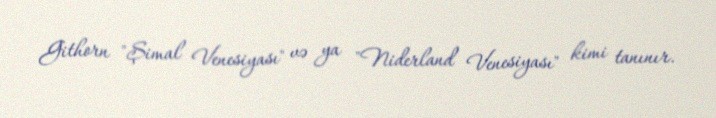
Githorn "Şimal Venesiyası" və ya "Niderland Venesiyası" kimi tanınır.